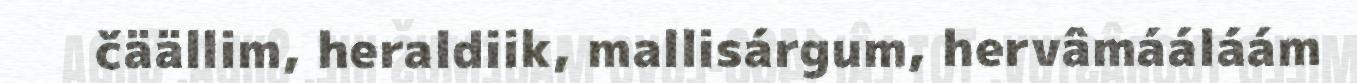
čäällim, heraldiik, mallisárgum, hervâmááláám